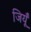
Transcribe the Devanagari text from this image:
जियूँ